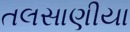
તલસાણીયા